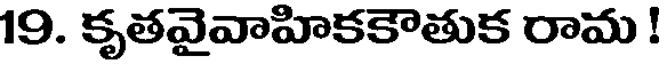
19. కృతవైవాహికకౌతుక రామ !